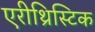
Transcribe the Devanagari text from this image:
एरीथ्रिस्टिक